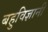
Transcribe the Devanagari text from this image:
बहुविज्ञानी